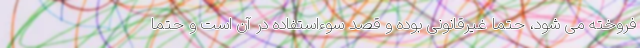
فروخته می شود، حتما غیرقانونی بوده و قصد سوءاستفاده در آن است و حتما